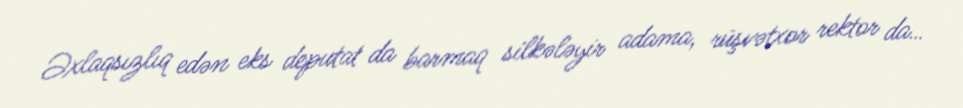
Əxlaqsızlıq edən eks deputat da barmaq silkələyir adama, rüşvətxor rektor da…